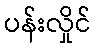
ပန်းလှိုင်